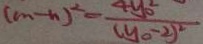
( m - n ) ^ { 2 } = \frac { 4 y _ { 0 } ^ { 2 } } { ( y _ { 0 } - 2 ) ^ { 2 } }